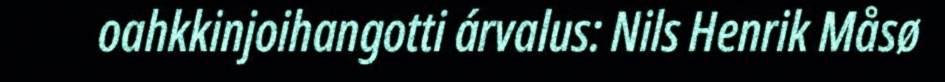
oahkkinjoihangotti árvalus: Nils Henrik Måsø